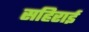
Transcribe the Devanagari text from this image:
सहिराई